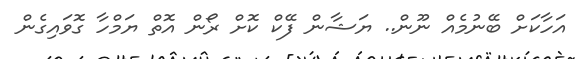
އަހާކަށް ބޭނުމެއް ނޫން.. ޔަޝާން ފޭކް ކޮށް ރޯން އޮތް ޔަމްހާ ގޮވައިގެން